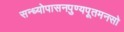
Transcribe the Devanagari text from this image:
सन्ध्योपासनपुण्यपूतमनसो